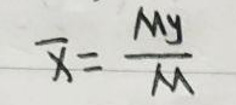
\overline{x} = \frac{My}{M}